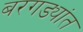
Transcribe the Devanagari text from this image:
बरगड्यांत